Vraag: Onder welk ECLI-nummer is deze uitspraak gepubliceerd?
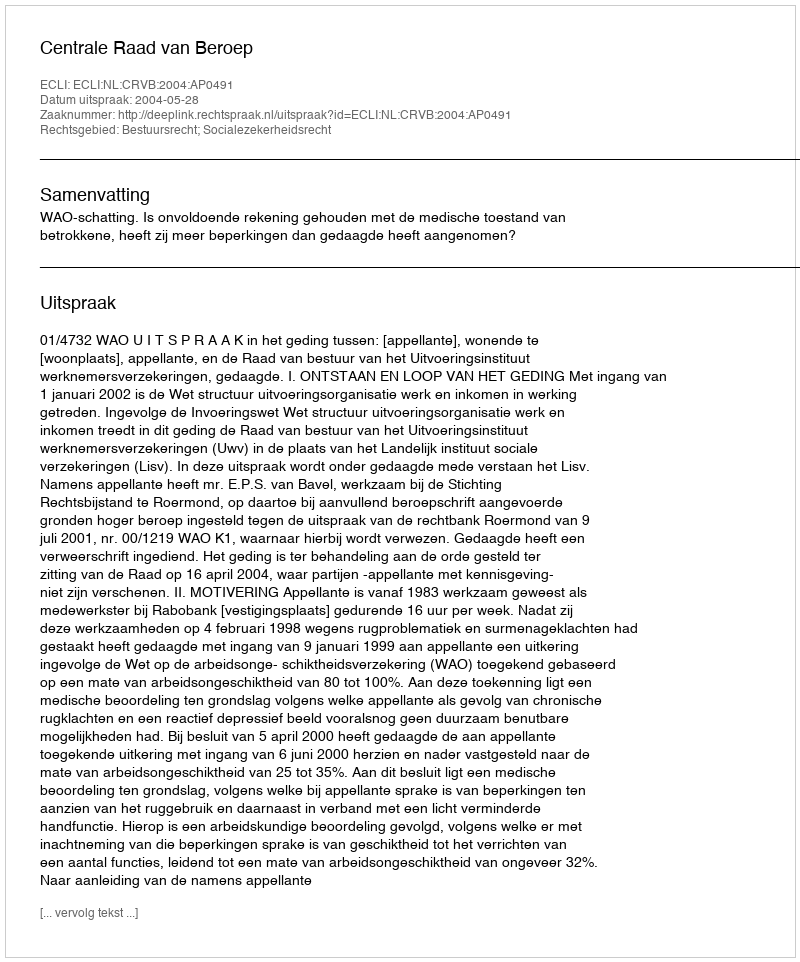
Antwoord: ECLI:NL:CRVB:2004:AP0491